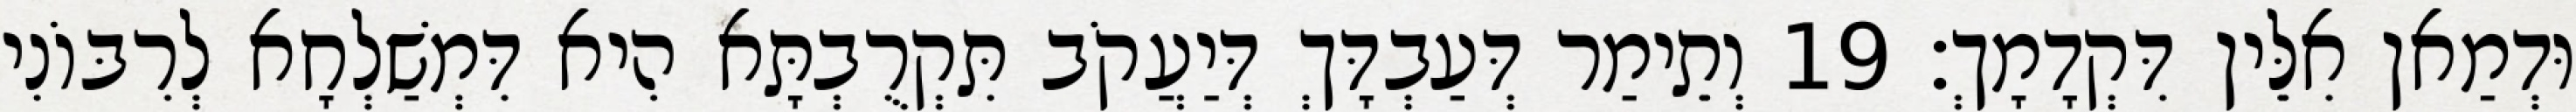
וּדְמַאן אִלֵּין דִּקְדָמָךְ׃ 19 וְתֵימַר דְּעַבְדָּךְ דְּיַעֲקֹב תִּקְרֻבְתָּא הִיא דִּמְשַׁלְחָא לְרִבּוֹנִי